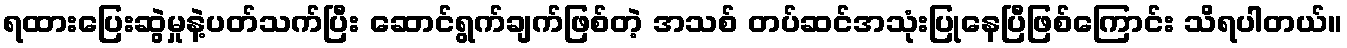
ရထားပြေးဆွဲမှုနဲ့ပတ်သက်ပြီး ဆောင်ရွက်ချက်ဖြစ်တဲ့ အသစ် တပ်ဆင်အသုံးပြုနေပြီဖြစ်ကြောင်း သိရပါတယ်။